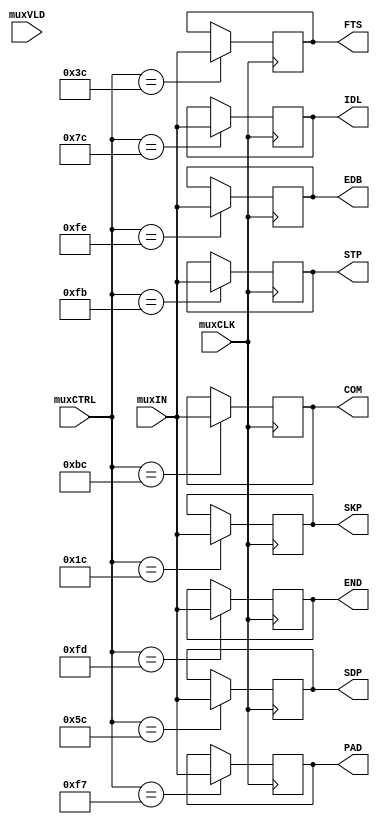
module control_demultiplexer (
  input wire [7:0] muxIN,
  input wire muxVLD,

  output reg [7:0] COM,
  output reg [7:0] PAD,
  output reg [7:0] SKP,
  output reg [7:0] STP,
  output reg [7:0] SDP,
  output reg [7:0] END,
  output reg [7:0] EDB,
  output reg [7:0] FTS,
  output reg [7:0] IDL,

  input wire [7:0] muxCTRL,
  input wire muxCLK
  );

  always @ ( posedge muxCLK ) begin
    case(muxCTRL)
      'hBC: COM <= muxIN;
      'hF7: PAD <= muxIN;
      'h1C: SKP <= muxIN;
      'hFB: STP <= muxIN;
      'h5C: SDP <= muxIN;
      'hFD: END <= muxIN;
      'hFE: EDB <= muxIN;
      'h3C: FTS <= muxIN;
      'h7C: IDL <= muxIN;
    endcase
  end

endmodule // control_multiplexer